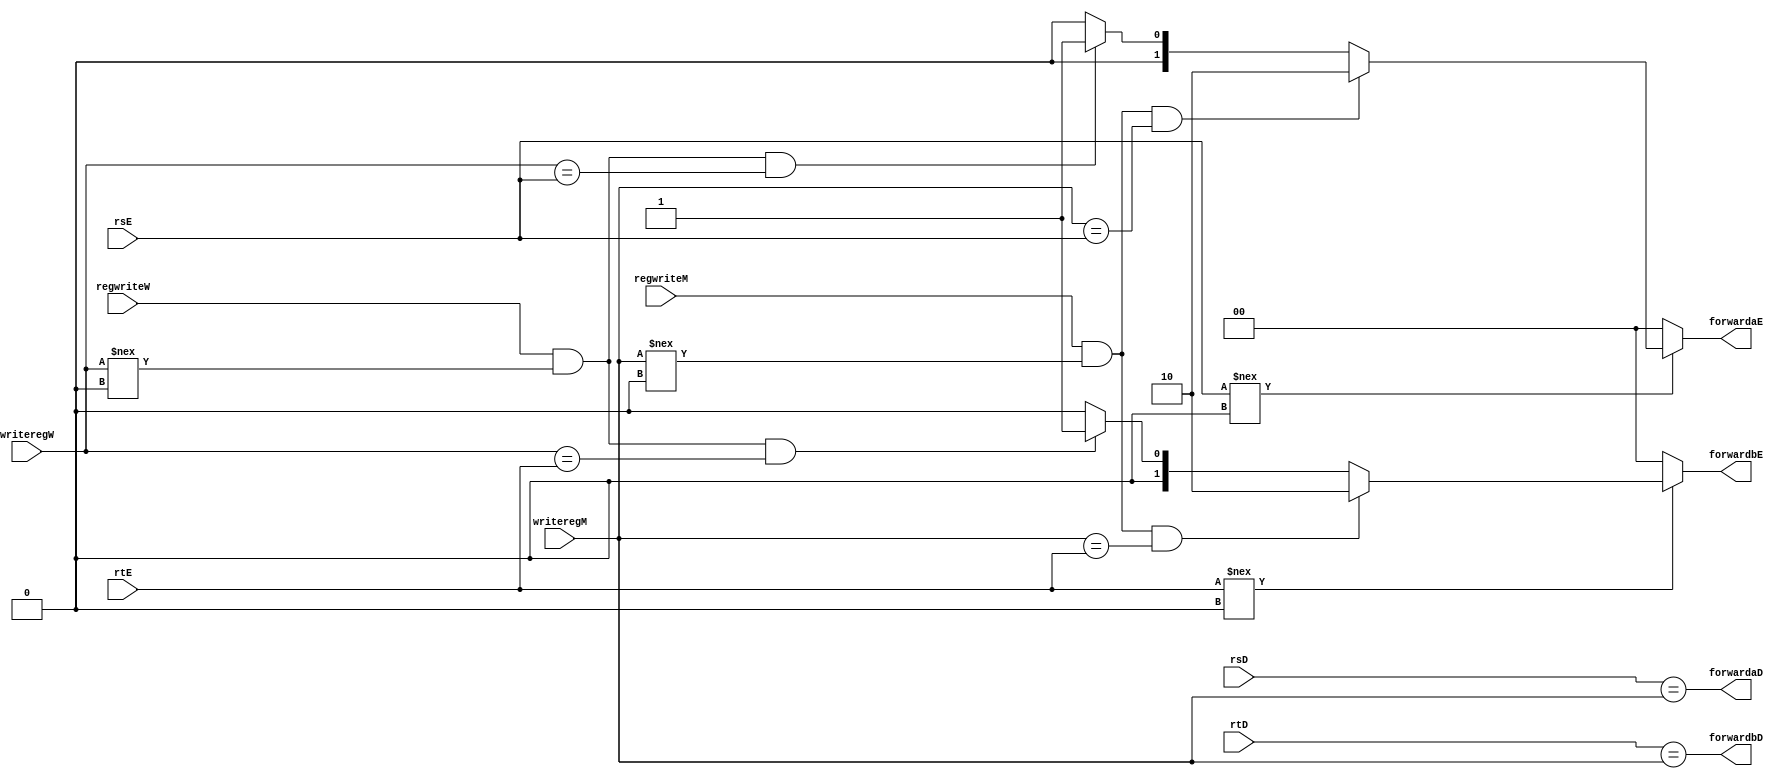
module forwarding_unit(
					input	[4:0] rsD, rtD, rsE, rtE,
					input [4:0] writeregM, writeregW,
					input regwriteM, regwriteW,
					output           forwardaD, forwardbD,
					output reg [1:0] forwardaE, forwardbE);
				  

  // forwarding sources to D stage (branch equality)
  assign forwardaD = (rsD==writeregM);
  assign forwardbD = (rtD==writeregM);


  // forwarding sources to E stage (ALU)
  always @(*)
    begin
	//Initialize forwardaE,forwardbE
      forwardaE = 2'd0; 
	  forwardbE = 2'd0;
	  
	  //change the value of forwardaE,forwardbE depending on rsE, rtE
      if (rsE !== 0)
        if ((regwriteM==1)&&(writeregM!==4'd0)&&(writeregM==rsE)) 
				forwardaE = 2'b10;//EX hazard
        else if ((regwriteW==1)&&(writeregW!==4'd0)&&(writeregW==rsE))
				forwardaE = 2'b01;//MEM hazard
      if (rtE !== 0)
        if ((regwriteM==1)&&(writeregM!==4'd0)&&(writeregM==rtE)) 
				forwardbE = 2'b10;//EX hazard
        else if ((regwriteW==1)&&(writeregW!==4'd0)&&(writeregW==rtE)) 
				forwardbE = 2'b01;//MEM hazard
    end


endmodule